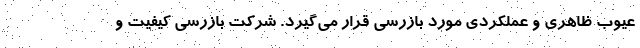
عیوب ظاهری و عملکردی مورد بازرسی قرار می‌گیرد. شرکت بازرسی کیفیت و